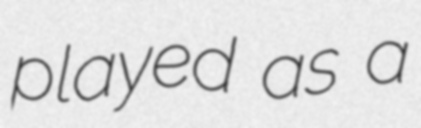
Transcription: played as a